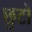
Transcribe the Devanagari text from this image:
छुटों